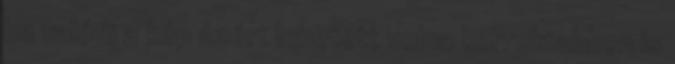
ha valódi a kép azért lehetett volna korrektebben is